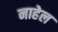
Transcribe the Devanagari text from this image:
नाहेल